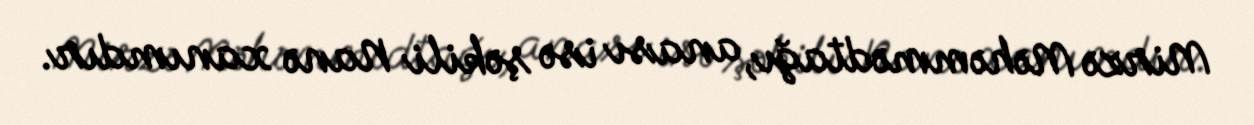
Mirzə Məhəmmədtağı, anası isə şəkili Nanə xanımdır.